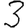
Digit: 3